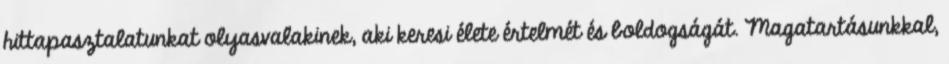
hittapasztalatunkat olyasvalakinek, aki keresi élete értelmét és boldogságát. Magatartásunkkal,